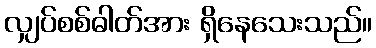
လျှပ်စစ်ဓါတ်အား ရှိနေသေးသည်။